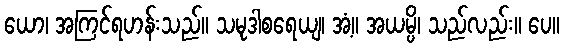
ယော၊ အကြင်ရဟန်းသည်။ သမုဒါစရေယျ၊ အံ့။ အယမ္ပိ၊ သည်လည်း။ ပေ။